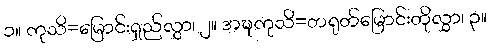
၁။ ကုသိ=မြောင်းရှည်လွှာ၊ ၂။ အဍ္ဎကုသိ=တရုတ်မြောင်းတိုလွှာ၊ ၃။